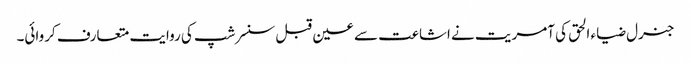
جنرل ضیاء الحق کی آمریت نے اشاعت سے عین قبل سنسر شپ کی روایت متعارف کروائی۔